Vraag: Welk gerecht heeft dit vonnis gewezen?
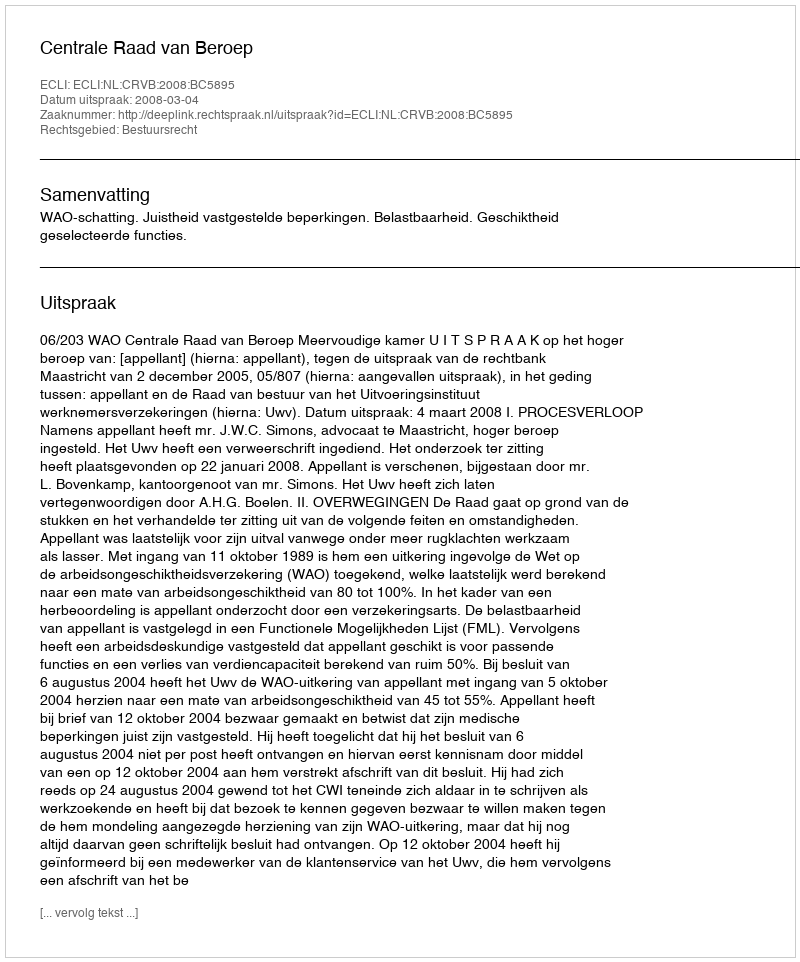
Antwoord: Centrale Raad van Beroep